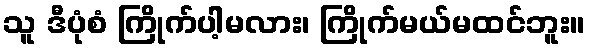
သူ ဒီပုံစံ ကြိုက်ပါ့မလား၊ ကြိုက်မယ်မထင်ဘူး။